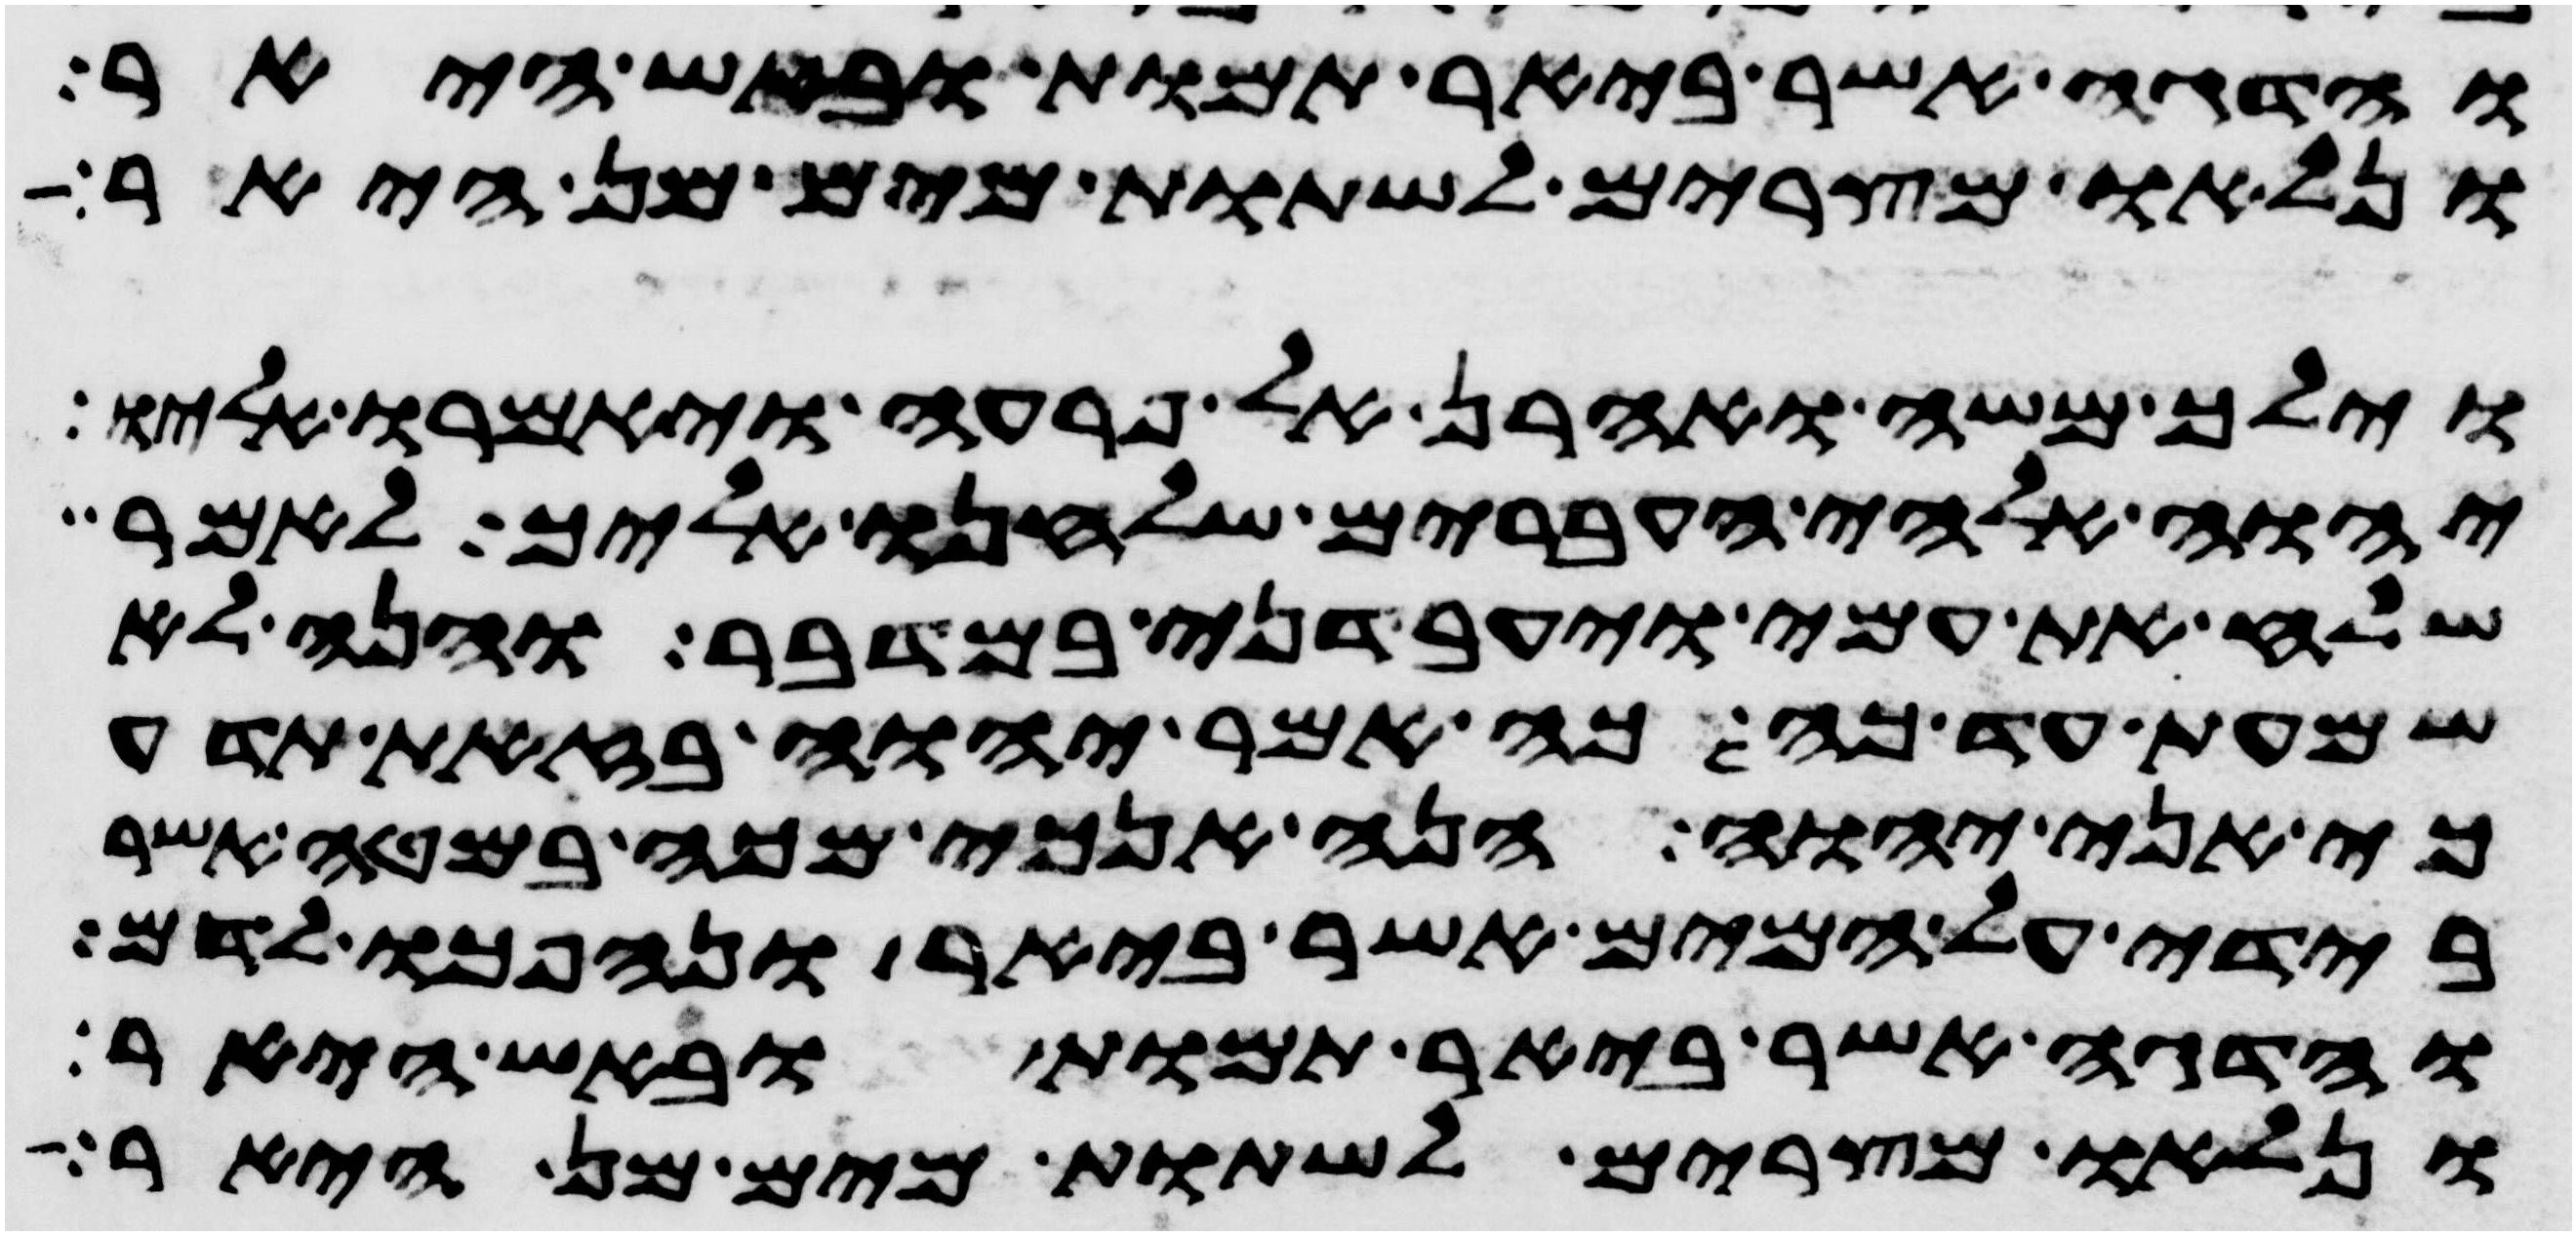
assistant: והדגה אשר ביאר תמות ובאש היאר
ונלאו מצרים לשתות מים מן היאר
וילך משה ואהרן אל פרעה ויאמרו אליו
יהוה אלהי העברים שלחנו אליך לאמר
שלח את עמי ויעבדני במדבר והנה לא
שמעת עד כה כה אמר יהוה בזאת תדע
כי אני יהוה הנה אנכי מכה במטה אשר
בידי על המים אשר ביאר ונהפכו לדם
והדגה אשר ביאר תמות ובאש היאר
ונלאו מצרים לשתות מים מן היאר